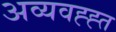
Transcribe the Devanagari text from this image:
अव्यवह्ह्त